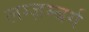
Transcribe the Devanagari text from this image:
लग्ज़म्बर्ग